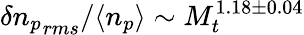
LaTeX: \delta{n_{p}}_{rms}/\langle n_{p}\rangle\sim M_{t}^{1.18\pm 0.04}